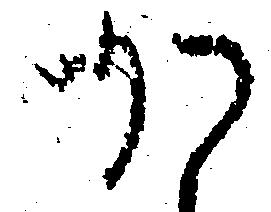
か